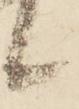
候